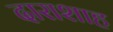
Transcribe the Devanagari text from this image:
दाराशाह